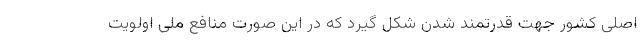
اصلی کشور جهت قدرتمند شدن شکل گیرد که در این صورت منافع ملی اولویت